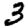
Digit: 3